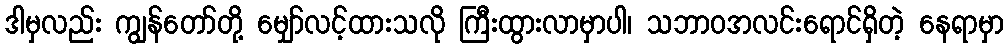
ဒါမှလည်း ကျွန်တော်တို့ မျှော်လင့်ထားသလို ကြီးထွားလာမှာပါ၊ သဘာဝအလင်းရောင်ရှိတဲ့ နေရာမှာ